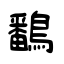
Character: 鷭